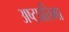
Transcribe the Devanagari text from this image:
अष्टप्रतिमा